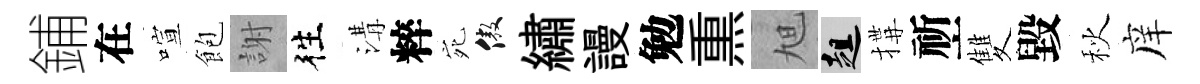
鋪在喧飽謝徃溝粹宛傲繡謾勉𤋱旭趄搆祈雙毀秋庠